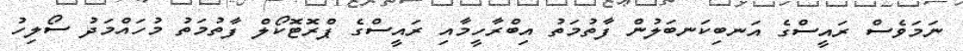
ނަމަވެސް ރައީސްގެ އަނބިކަނބަލުން ފާތުމަތު އިބްރާހީމާއި ރައީސްގެ ޕްރޮޓޮކޯލް ފާތުމަތު މުހައްމަދު ސޯލިހު